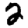
Digit: 2